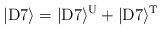
\begin{align*}|{\rm D}7\rangle = |{\rm D}7\rangle^{\rm U}+|{\rm D}7\rangle^{\rm T}\end{align*}